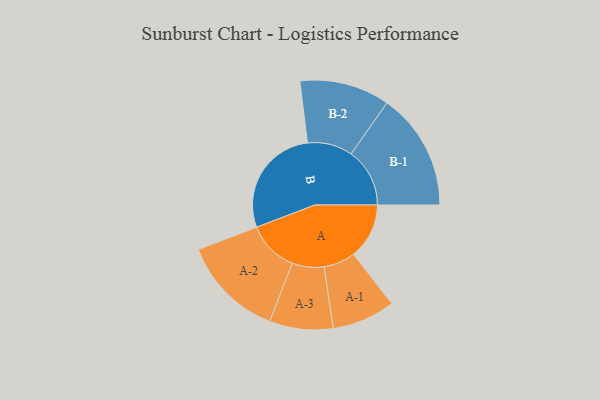
{"axis": {"x": "Segment", "y": "Value"}, "legend": ["", "A", "B"], "data": [{"x": "A", "y": 226, "type": ""}, {"x": "B", "y": 451, "type": ""}, {"x": "A-1", "y": 128, "type": "A"}, {"x": "A-2", "y": 208, "type": "A"}, {"x": "A-3", "y": 129, "type": "A"}, {"x": "B-1", "y": 238, "type": "B"}, {"x": "B-2", "y": 183, "type": "B"}]}